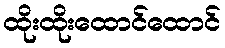
ထိုးထိုးထောင်ထောင်